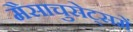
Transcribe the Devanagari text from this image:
मैसाचुसेट्समें